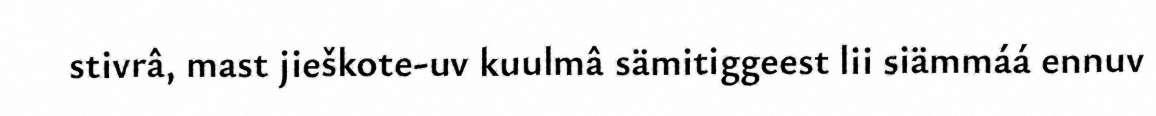
stivrâ, mast jieškote-uv kuulmâ sämitiggeest lii siämmáá ennuv